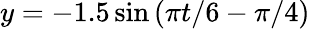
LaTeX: y=-1.5\sin{(\pi t/6-\pi/4)}